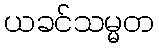
ယခင်သမ္မတ